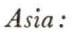
Asia: